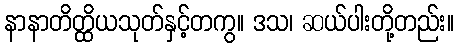
နာနာတိတ္ထိယသုတ်နှင့်တကွ။ ဒသ၊ ဆယ်ပါးတို့တည်း။